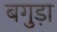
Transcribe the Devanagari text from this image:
बगुड़ा